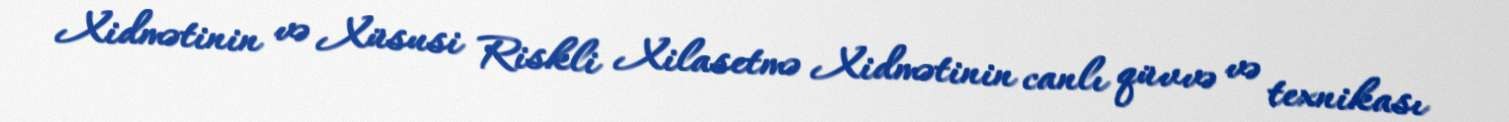
Xidmətinin və Xüsusi Riskli Xilasetmə Xidmətinin canlı qüvvə və texnikası